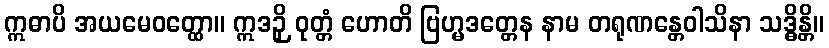
ဣဓာပိ အယမေဝတ္ထော။ ဣဒဉှိ ဝုတ္တံ ဟောတိ ဗြဟ္မဒတ္တေန နာမ တရုဏန္တေဝါသိနာ သဒ္ဓိန္တိ။